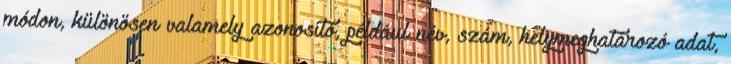
módon, különösen valamely azonosító, például név, szám, helymeghatározó adat,